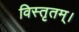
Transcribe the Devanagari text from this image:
विस्तृतम्।